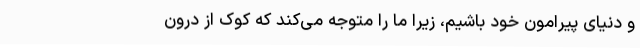
و دنیای پیرامون خود باشیم، زیرا ما را متوجه می‌کند که کوک از درون